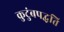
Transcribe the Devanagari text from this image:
कुटुंबपद्धति